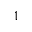
1